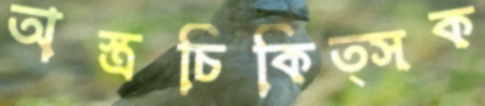
অস্ত্রচিকিত্সক